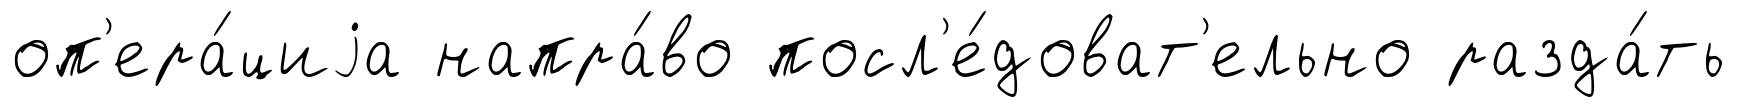
оп'ера́циjа напра́во посл'е́доват'ельно разда́ть